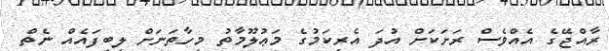
ރާއްޖޭގެ އެއްވެސް ރަށަކަށް އުދަ އެރިކަމުގެ މަޢުލޫމާތު މިހާތަނަށް ލިބިފައެއް ނެތް